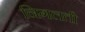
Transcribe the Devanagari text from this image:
निगलती